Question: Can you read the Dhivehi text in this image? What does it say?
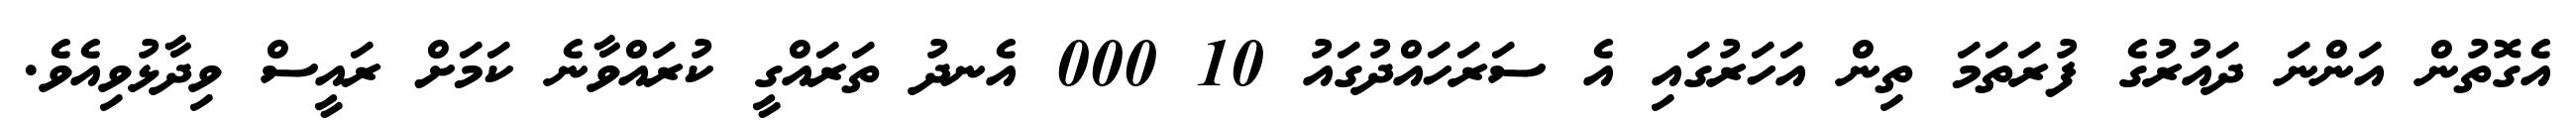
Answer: އެގޮތުން އަންނަ ދައުރުގެ ފުރަތަމަ ތިން އަހަރުގައި އެ ސަރަހައްދުގައު 10 000 އެނދު ތަރައްގީ ކުރައްވާނެ ކަމަށް ރައީސް ވިދާޅުވިއެވެ.